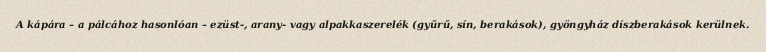
A kápára – a pálcához hasonlóan – ezüst-, arany- vagy alpakkaszerelék (gyűrű, sín, berakások), gyöngyház díszberakások kerülnek.